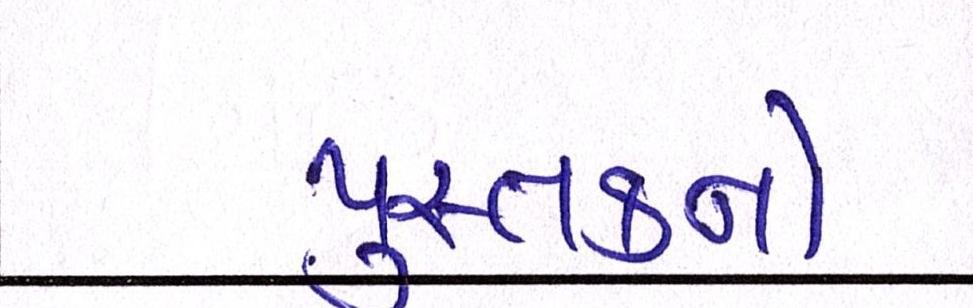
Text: પુસ્તકનો